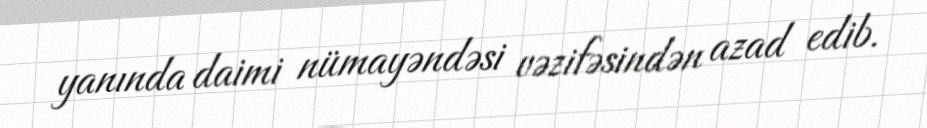
yanında daimi nümayəndəsi vəzifəsindən azad edib.